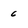
Character: 6